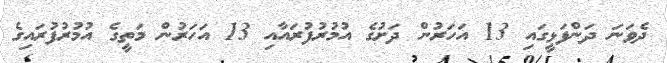
ދެވަނަ ދަންފަޅީގައި 13 އަހަރުން ދަށުގެ އުމުރުފުރައާއި 13 އަހަރުން މަތީގެ އުމުރުފުރައިގެ